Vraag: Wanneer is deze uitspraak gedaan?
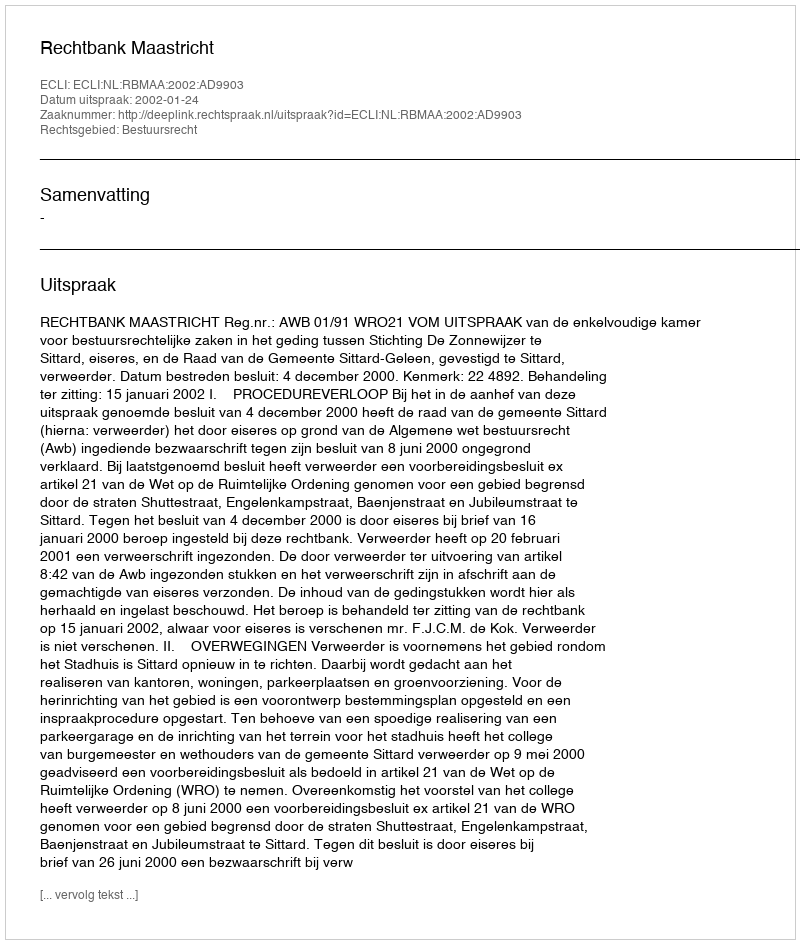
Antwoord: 2002-01-24